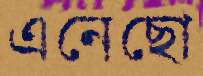
এনেছো